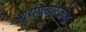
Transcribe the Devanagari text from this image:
शुरशिखरिक्रोड